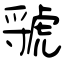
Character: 虢